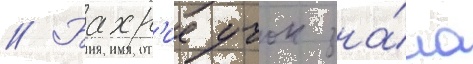
// Бахр'ие учок зна́ла